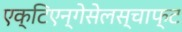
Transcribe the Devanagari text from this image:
एक्टिएन्गेसेलस्चाफ्ट